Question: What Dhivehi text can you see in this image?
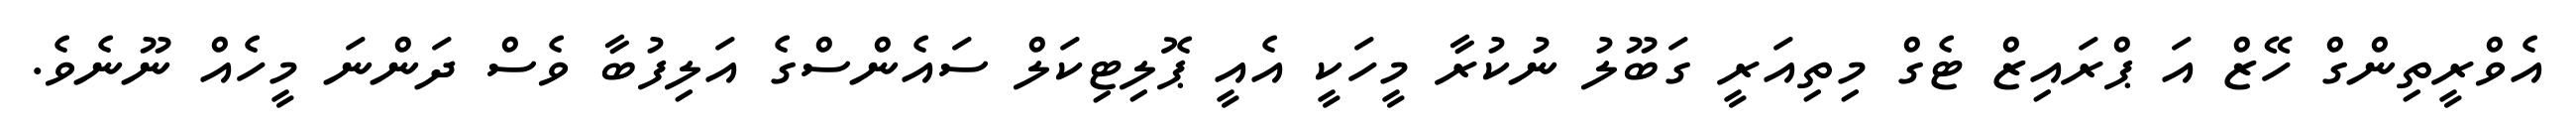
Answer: އެވްރީތިންގް ހޭޒް އަ ޕްރައިޒް ޓެގް މިތިއަރީ ގަބޫލު ނުކުރާ މީހަކީ އެއީ ޕޮލިޓިކަލް ސައެންސްގެ އަލިފުބާ ވެސް ދަންނަ މީހެއް ނޫނެވެ.